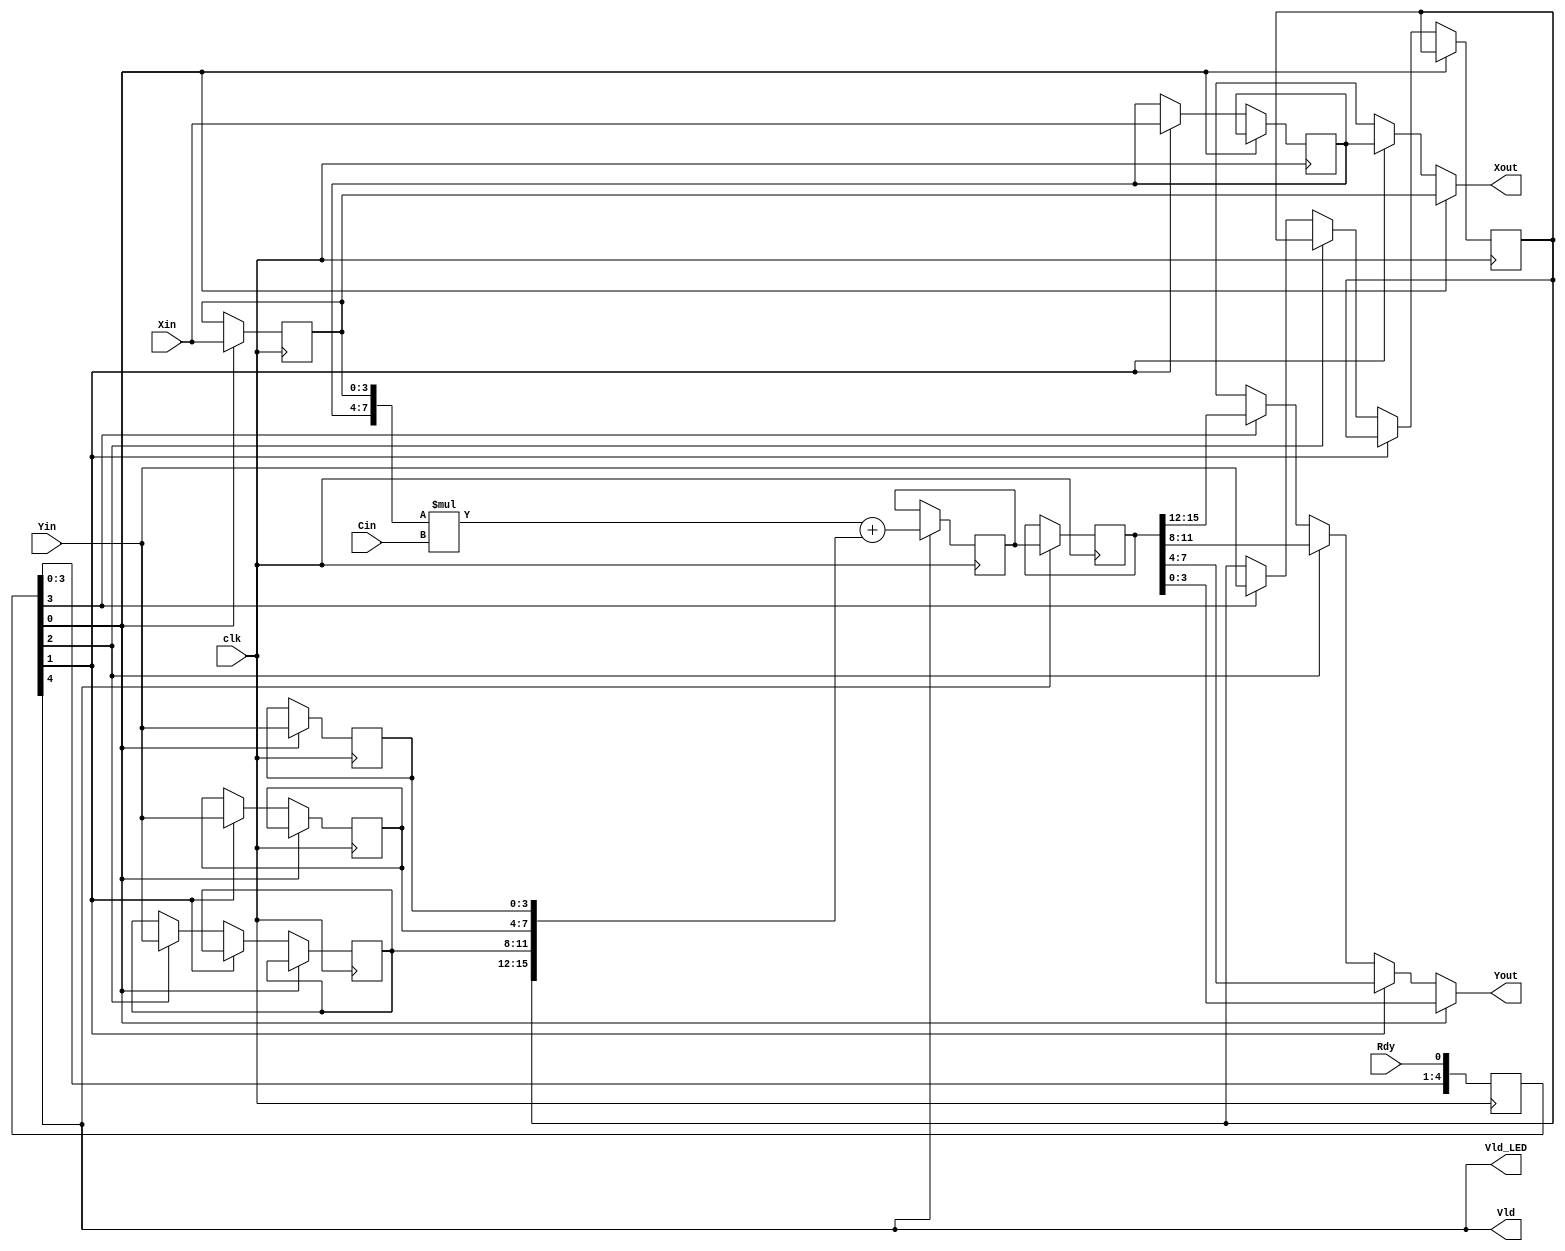
// This program was cloned from: https://github.com/GoodKook/ETRI-0.5u-CMOS-MPW-DK-Example--FIR8
// License: GNU General Public License v3.0

// Purpose  : Processing Element for FIR filter
// History  : Mar. 2024, First Release

/* verilator lint_off UNUSEDSIGNAL */
/* verilator lint_off UNDRIVEN */

module fir_pe (clk, Cin, Xin, Xout, Yin, Yout, Rdy, Vld, Vld_LED);
input           clk;
input   [7:0]   Cin;
input   [3:0]   Xin;
output  [3:0]   Xout;
input   [3:0]   Yin;
output  [3:0]   Yout;
input           Rdy;
output          Vld;
output          Vld_LED;

    // Load Control --------------------------------------------
    integer i;
    reg     [4:0]   LoadCtl;
    //reg             Vld;
    always @(posedge clk)
    begin
        LoadCtl[0] <= Rdy;
        //LoadCtl[1] <= LoadCtl[0];
        //LoadCtl[2] <= LoadCtl[1];
        //LoadCtl[3] <= LoadCtl[2];
        //LoadCtl[4] <= LoadCtl[3];
        for (i=0; i<4; i=i+1)
            LoadCtl[i+1] <= LoadCtl[i];
    end
    assign Vld = LoadCtl[4];
    assign Vld_LED = LoadCtl[4];
    
    // Xin -----------------------------------------------------
    reg     [3:0]   XinL, XinH;
    always @(posedge clk)
    begin
        if (LoadCtl[0])         XinL <= Xin;
        else if (LoadCtl[1])    XinH <= Xin;
    end
    // Yin -----------------------------------------------------
    reg     [3:0]   Yin3, Yin2, Yin1, Yin0;
    always @(posedge clk)
    begin
        if (LoadCtl[0])         Yin0 <= Yin;
        else if (LoadCtl[1])    Yin1 <= Yin;
        else if (LoadCtl[2])    Yin2 <= Yin;
        else if (LoadCtl[3])    Yin3 <= Yin;
    end
    // Mult-Acc ------------------------------------------------
    reg     [15:0]  y, _y;
    wire    [7:0]   XinHL   = {XinH, XinL};
    wire    [15:0]  Yin3210 = {Yin3, Yin2, Yin1, Yin0};
    always @(posedge clk)
    begin
        if (LoadCtl[4]) begin
            y  <= _y;
            _y <= XinHL * Cin + Yin3210;
        end
    end
    // Xout & Yout ---------------------------------------------
    reg     [3:0]   Xout, Yout;
    always @*
    begin
        if (LoadCtl[0]) begin
            Xout = XinL;
            Yout = y[3:0];
        end
        else if (LoadCtl[1]) begin
            Xout = XinH;
            Yout = y[7:4];
        end
        else if (LoadCtl[2]) begin
            Xout = 4'bxxxx;
            Yout = y[11:8];
        end
        else if (LoadCtl[3]) begin
            Xout = 4'bxxxx;
            Yout = y[15:12];
        end
        else begin
            Xout = 4'bxxxx;
            Yout = 4'bxxxx;
        end
    end
endmodule